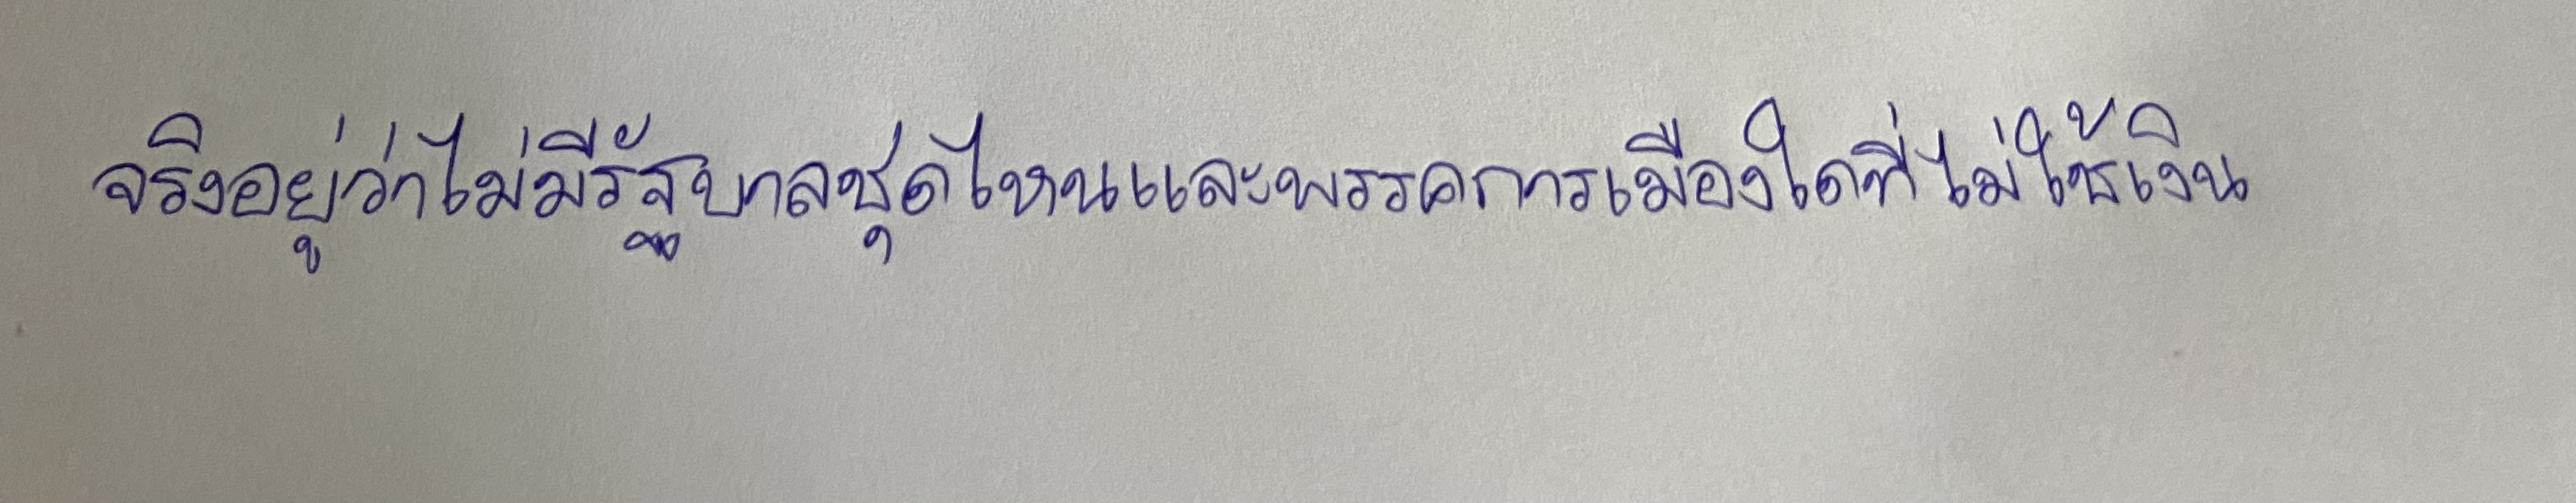
จริงอยู่ว่าไม่มีรัฐบาลชุดไหนและพรรคการเมืองใดที่ไม่ใช้เงิน